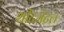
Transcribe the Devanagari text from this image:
शीटमेटल